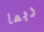
ربما